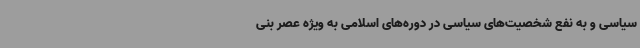
سیاسی و به نفع شخصیت‌های سیاسی در دوره‌های اسلامی به ویژه عصر بنی